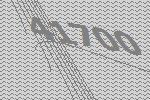
41700